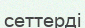
сеттерді